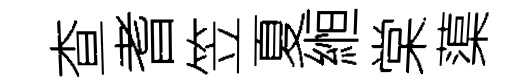
查耆笠夏縆棠蕖